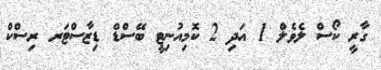
ގާރީ ކޯސް ލެވެލް 1 އަދި 2 ކޮމިއުނިޓީ ބޭސްޑް ޑިޒާސްޓަރ ރިސްކް